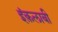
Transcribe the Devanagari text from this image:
इंक़लाबी